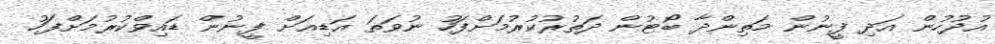
އުދުހުން އަދި ފީނުން މަތިންދާ ބޯޓުން ދަތުރުކުރުމަށްފަހު ނުވަތަ އަޑިއަށް ފީނުން ޑައިވްކުރުމަށްފަހު